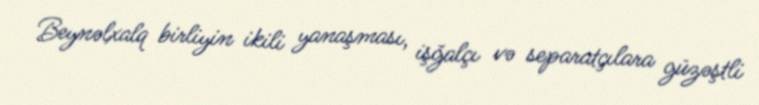
Beynəlxalq birliyin ikili yanaşması, işğalçı və separatçılara güzəştli